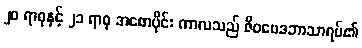
၂၀ ရာစုနှင့် ၂၁ ရာစု အစောပိုင်း ကာလသည် ဇီဝဗေဒဘာသာရပ်၏